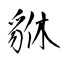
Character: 貅